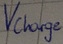
Text: Vcharge